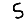
Digit: 5